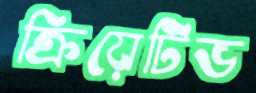
ক্রিয়েটিভ